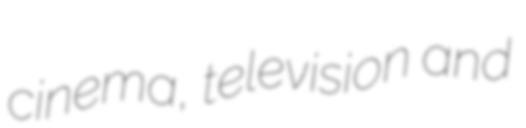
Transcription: cinema, television and